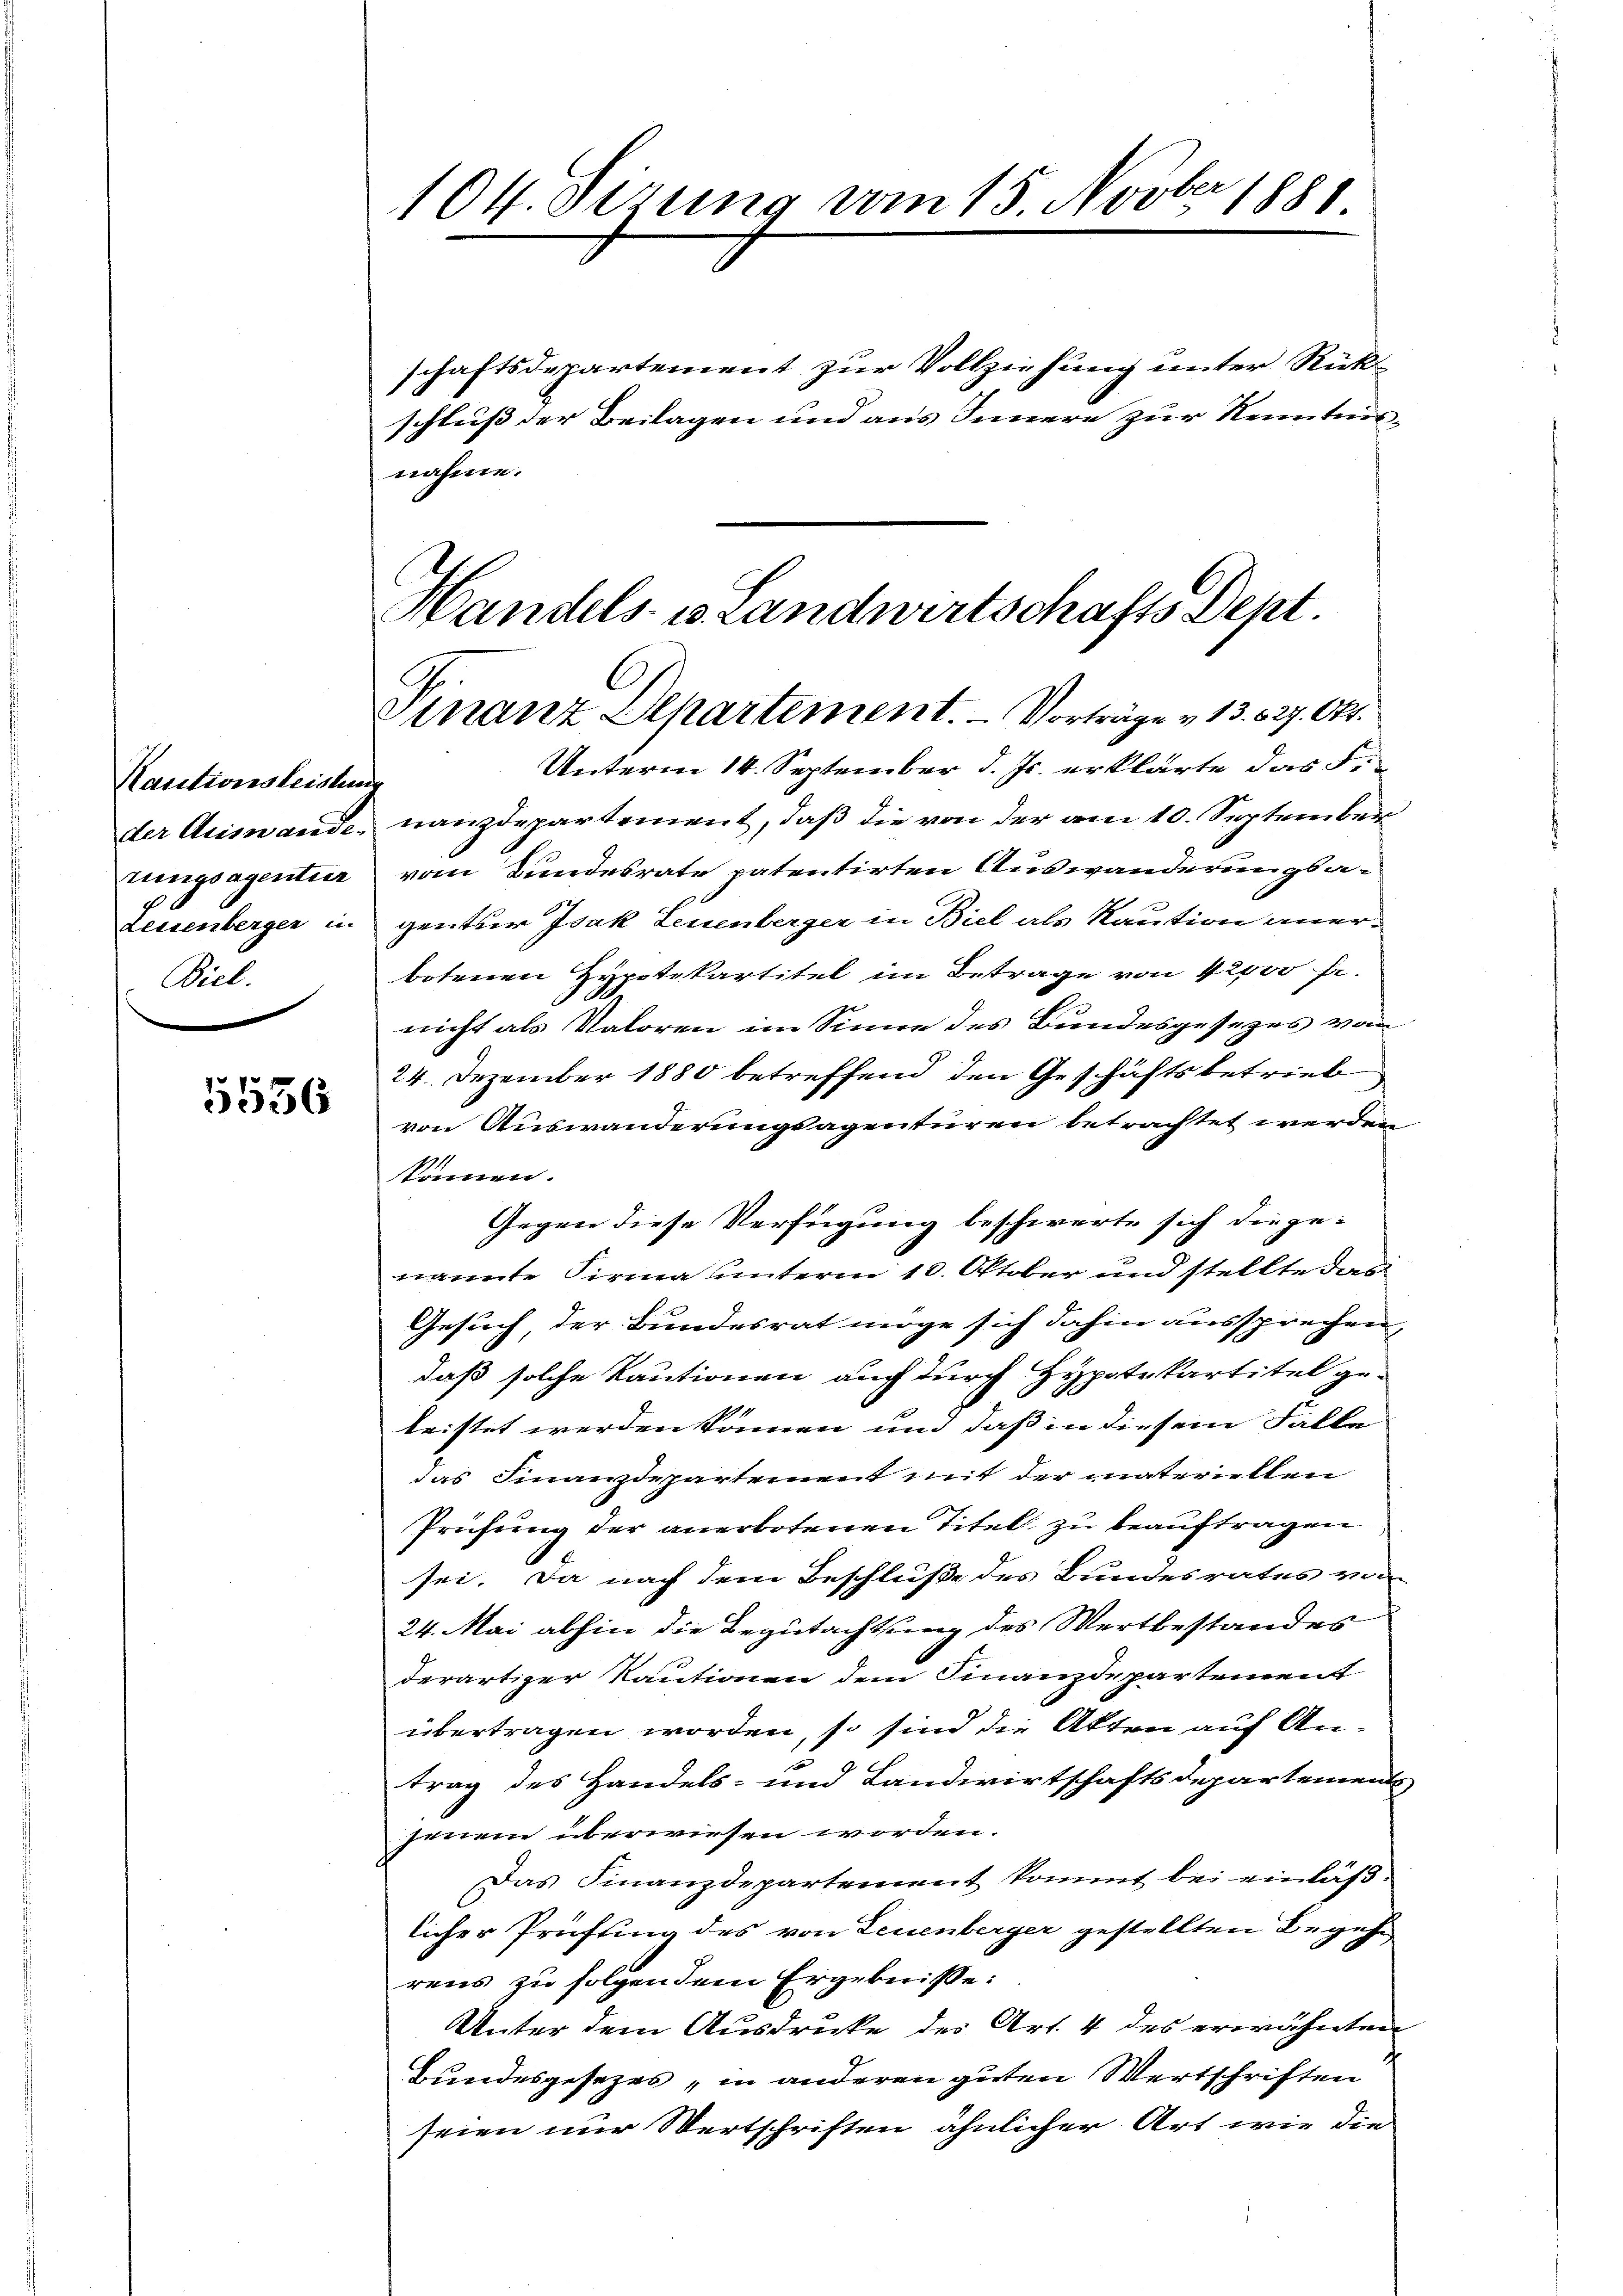
Kautionsleistung
rungsagentier
Leisenberger in
Biel.

5536

schaftsdepartement zur Vollziehung unter Rückschluß der Beilagen und aus Innere zur Kenntnisnahme.

104. Sizung vom 15. Novber 1881

Handels- u. Landwirtschafts Dept.
C
Finanz Separtement. Vorträge v. 13. 527. Okt.

Unterm 14. September d. Js. erklärte das F.
der Auswande nanzdepartement, daß die von der am 10. September
vom Bundesrate patentirten Auswanderungsagentur Isak Leuenberger in Biel als Kaution anerbotenen Hypotekartitel im Betrage von 42000 fr.
nicht als Valoren im Sinne des Bundesgesezes von
24. Dezember 1880 betreffend den Geschäftsbetrieb
von Auswanderungsagenturen betrachtet werden
kkönnen.
Gegen diese Verfügung beschwerte sich die ge-
nannte Firma unterm 10. Oktober und stellte das
Gesuch, der Bundesrat möge sich dahin aussprechen,
daß solche Kautionen auf durch Hypotekartitel ge-
leistet werden können und daß in diesem Falle
das Finanzdepartement mit der materiellen
Prüfung der anerbotenen Titel zu beauftragen
sei. Da nach dem Beschluße des Bundesrates von
24. Mai abhin die Begutachtung des Wertbestandes
derartiger Kautionen dem Finanzdepartement
übertragen worden, so sind die Akten auf An¬

trag des Handels- und Landwirtschaftsdepartement
jenem überwiesen worden.
Das Finanzdepartement kommt bei einläß-
licher Prüfung des von Leuenberger gestellten Begehe
rens zu folgendem Ergebnisse:
Unter dem Ausdrucke des Art. 4 des erwähnten
Bundesgesezes, in anderen guten Wertschriften
seien nur Wertschriften ähnlicher Art wie die